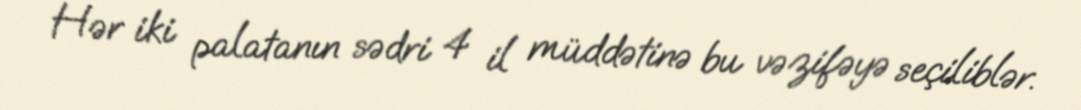
Hər iki palatanın sədri 4 il müddətinə bu vəzifəyə seçiliblər.